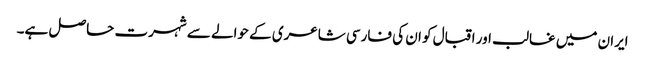
ایران میں غالب اور اقبال کو ان کی فارسی شاعری کے حوالے سے شہرت حاصل ہے۔